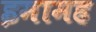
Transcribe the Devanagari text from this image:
इमामह